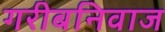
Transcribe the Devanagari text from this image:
गरीबनिवाज